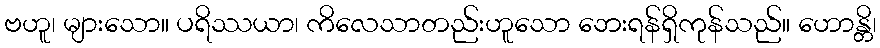
ဗဟူ၊ များသော။ ပရိဿယာ၊ ကိလေသာတည်းဟူသော ဘေးရန်ရှိကုန်သည်။ ဟောန္တိ၊